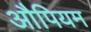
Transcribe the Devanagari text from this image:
औपियम